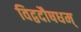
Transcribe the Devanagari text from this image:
विद्वदौषधम्